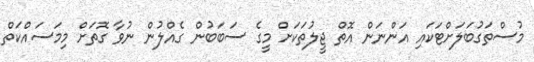
މުސްތަގުބަލަށްޓަކައި އަންނަން އޮތް ޖީލުތަކަށް މީގެ ސަބަބުން ގެއްލުން ނުވާ ގޮތަށް މިމަސައްކަތް